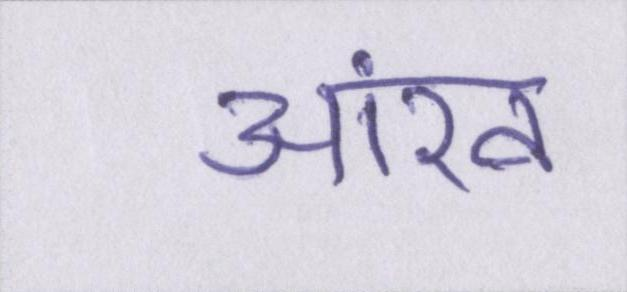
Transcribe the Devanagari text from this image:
आंख